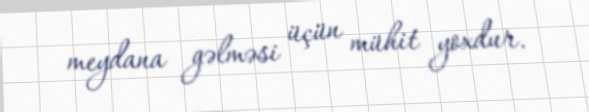
meydana gəlməsi üçün mühit yoxdur.